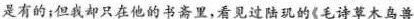
是有的；但我却只在他的书斋里，看见过陆现的《毛诗草木鸟兽